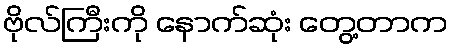
ဗိုလ်ကြီးကို နောက်ဆုံး တွေ့တာက